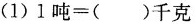
(1) $$1吨=( )千克$$